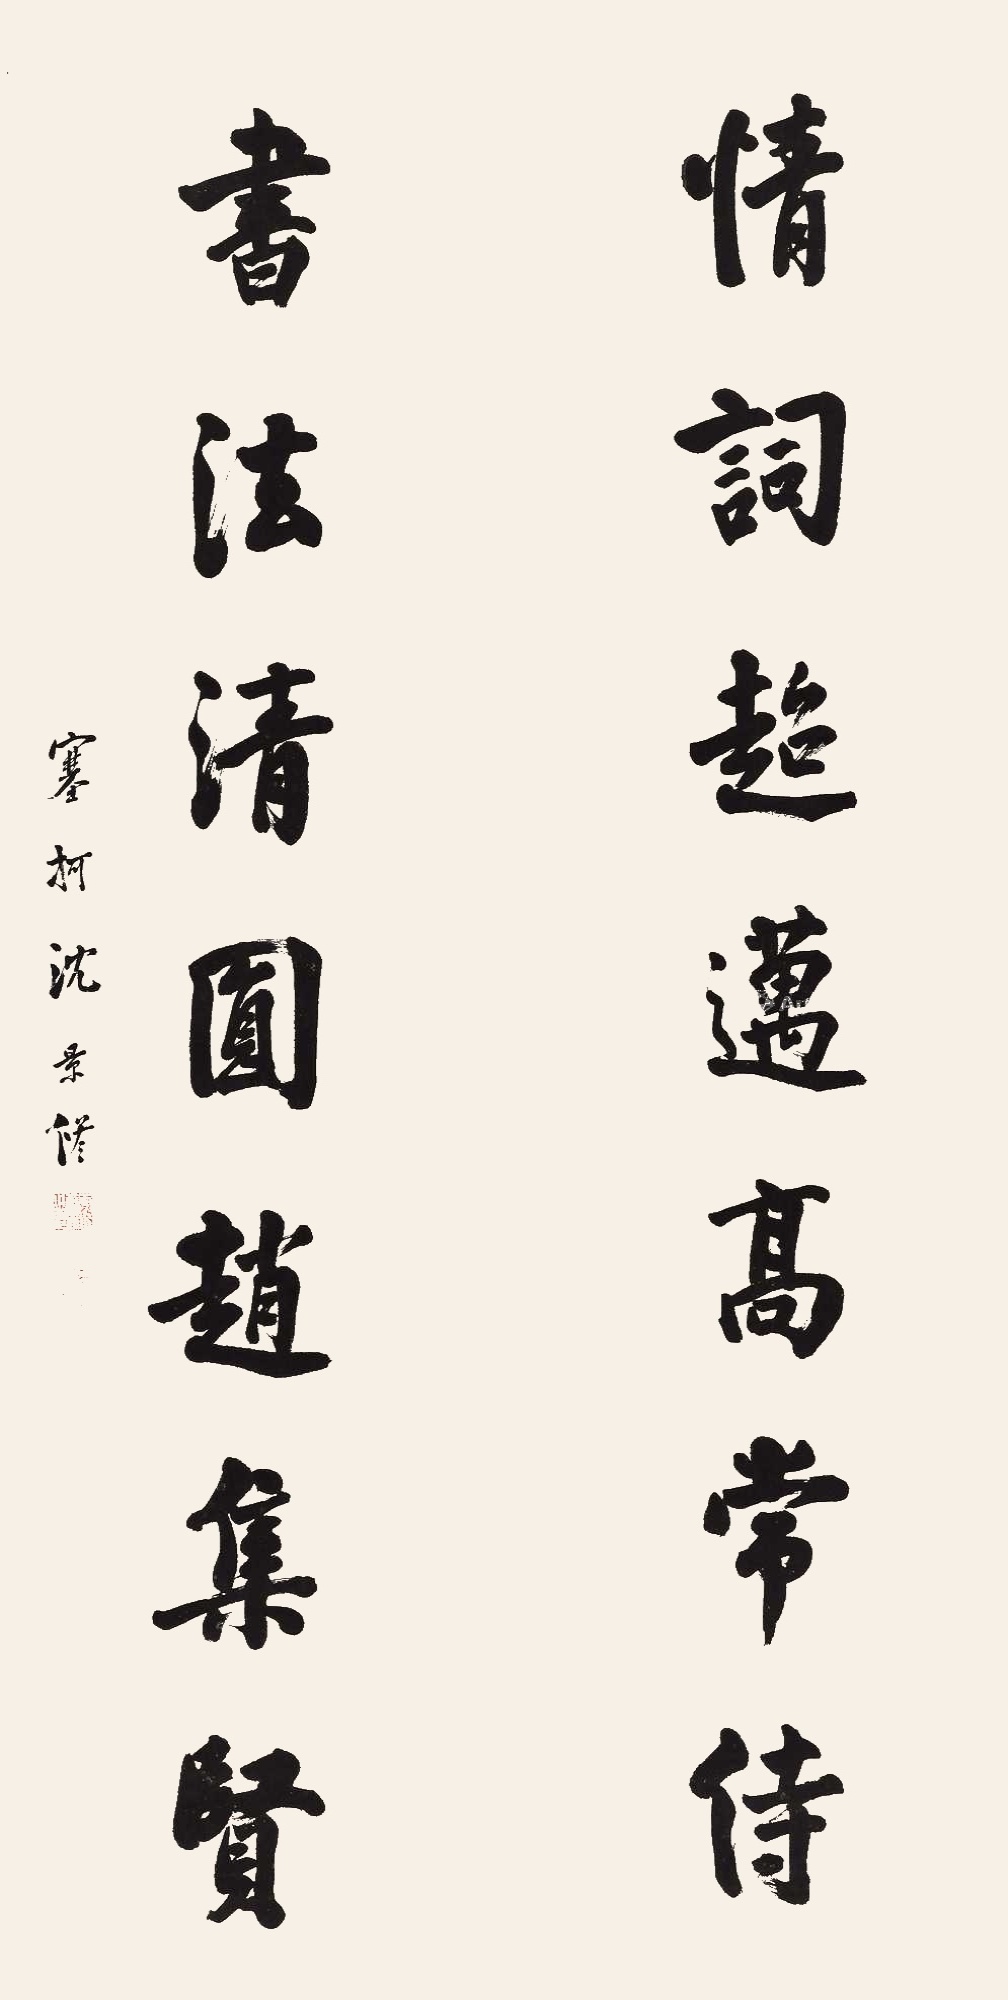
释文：情词超迈高常侍，书法清圆赵集贤。寒柯沈景修。